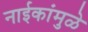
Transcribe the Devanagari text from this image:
नाईकांमुळे